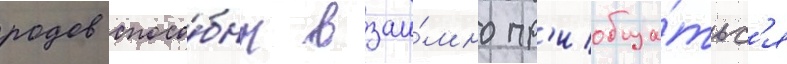
родов спосо́бны взаи́мно пр'иобща́тьс'я